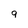
Character: 9